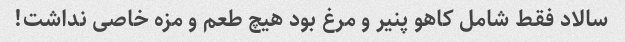
سالاد فقط شامل کاهو پنیر و مرغ بود هیچ طعم و مزه خاصى نداشت!